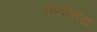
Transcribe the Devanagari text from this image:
सप्तशाख